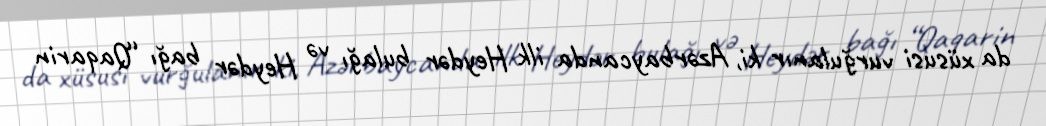
da xüsusi vurğulanır ki, Azərbaycanda ilk Heydər bulağı və Heydər bağı “Qaqarin